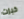
خبزت